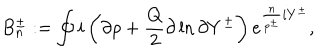
B _ { n } ^ { \pm } : = \oint i \left( \partial \rho + \frac { Q } { 2 } \partial \ln \partial Y ^ { \pm } \right) e ^ { \frac { n } { p ^ { \pm } } i Y ^ { \pm } } ,